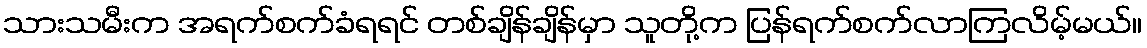
သားသမီးက အရက်စက်ခံရရင် တစ်ချိန်ချိန်မှာ သူတို့က ပြန်ရက်စက်လာကြလိမ့်မယ်။